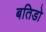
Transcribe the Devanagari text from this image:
बतिडो